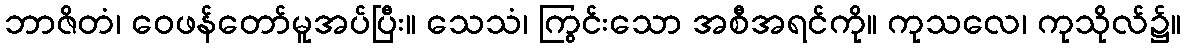
ဘာဇိတံ၊ ဝေဖန်တော်မူအပ်ပြီး။ သေသံ၊ ကြွင်းသော အစီအရင်ကို။ ကုသလေ၊ ကုသိုလ်၌။